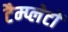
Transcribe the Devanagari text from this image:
टैम्प्लेटों